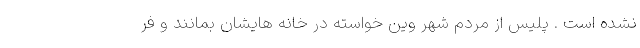
نشده است . پلیس از مردم شهر وین خواسته در خانه هایشان بمانند و فر